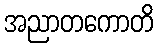
အညာတကောတိ